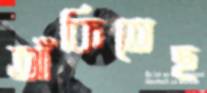
আঁকিতেছ